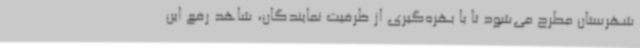
شهرستان مطرح می‌شود تا با بهره‌گیری از ظرفیت نمایندگان، شاهد رفع این